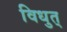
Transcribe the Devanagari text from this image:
विधुत्